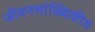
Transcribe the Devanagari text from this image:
जीवनसांख्यिकीय